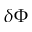
\delta \Phi